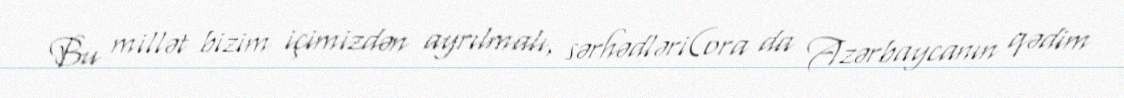
Bu millət bizim içimizdən ayrılmalı, sərhədləri(ora da Azərbaycanın qədim